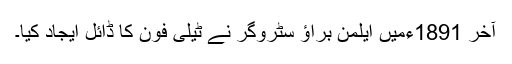
آخر 1891ءمیں ایلمن براؤ سٹروگر نے ٹیلی فون کا ڈائل ایجاد کیا۔